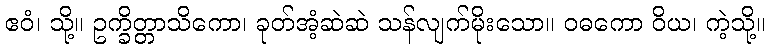
ဧဝံ၊ သို့။ ဥက္ခိတ္တာသိကော၊ ခုတ်အံ့ဆဲဆဲ သန်လျက်မိုးသော။ ဝဓကော ဝိယ၊ ကဲ့သို့။